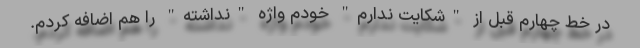
در خط چهارم قبل از "شکایت ندارم" خودم واژه "نداشته" را هم اضافه کردم.